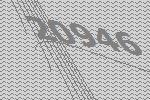
20946